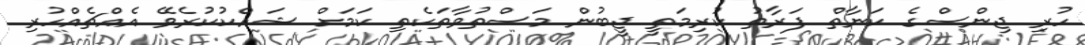
ހުރި ޖިންސްގެ ކަނާތް ފަރާތު ކުރިމަތީ ޖީބުން މަސްތުވާތަކެތި ކަމަށް ޝައްކުކުރެވޭ އެއްޗެއްހުރި